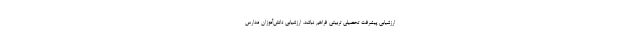
ارزشیابی پیشرفت تحصیلی تربیتی فراهم نباشد، ارزشیابی دانش‌آموزان مدارس